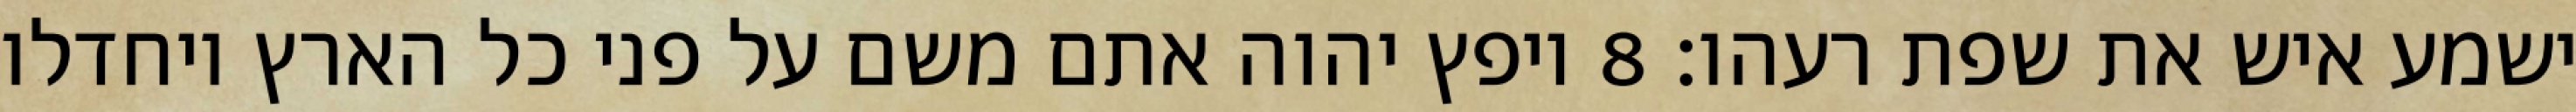
ישמע איש את שפת רעהו׃ ‎8‏ ויפץ יהוה אתם משם על פני כל הארץ ויחדלו